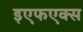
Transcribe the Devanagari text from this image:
इएफएक्स